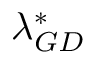
\lambda _ { G D } ^ { * }